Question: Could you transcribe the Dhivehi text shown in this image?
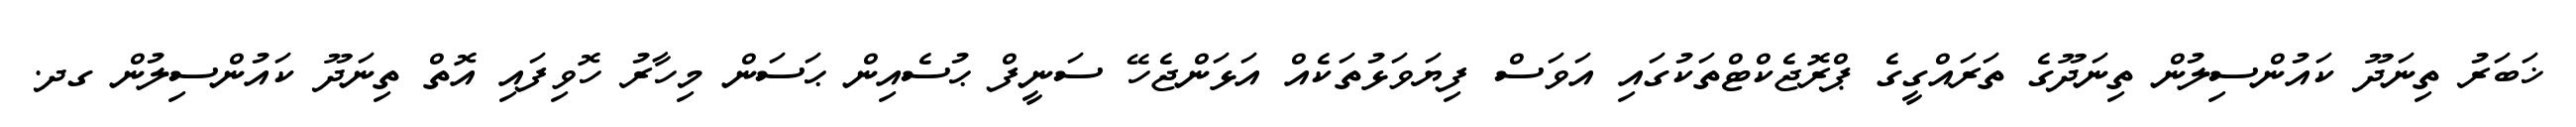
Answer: ޚަބަރު ތިނަދޫ ކައުންސިލުން ތިނަދޫގެ ތަރައްގީގެ ޕްރޮޖެކްޓްތަކުގައި އަވަސް ފިޔަވަޅުތަކެއް އަޅަންޖެހޭ ސަނީފް ޙުސެއިން ޙަސަން މިހާރު ހޮވިފައި އޮތް ތިނަދޫ ކައުންސިލުން ގދ.